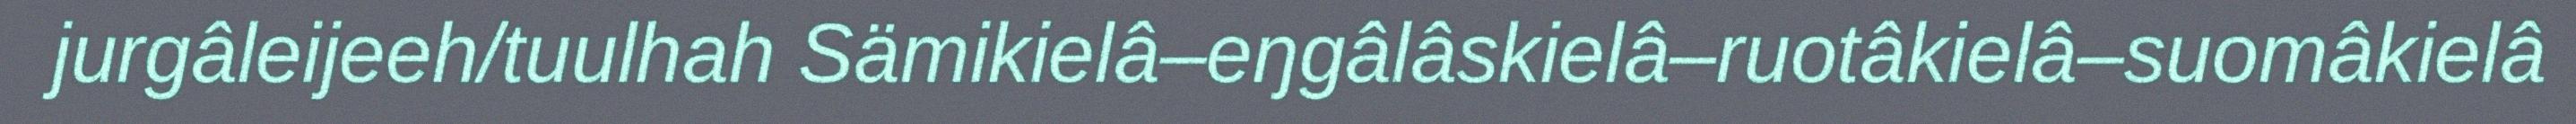
jurgâleijeeh/tuulhah Sämikielâ–eŋgâlâskielâ–ruotâkielâ–suomâkielâ